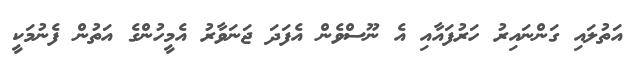
އަތުލައި ގަންނައިރު ހަރުފައާއި އެ ނޫސްވެން އެފަދަ ޖަނަވާރު އެމީހުންގެ އަތުން ފެނުމަކީ